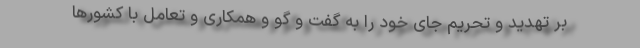
بر تهدید و تحریم جای خود را به گفت و گو و همکاری و تعامل با کشورها